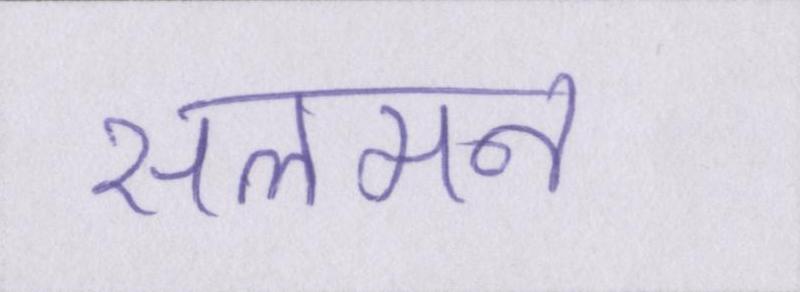
सलमन